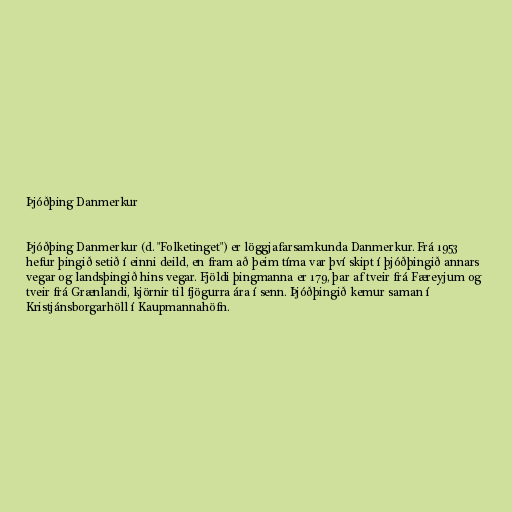
Þjóðþing Danmerkur

Þjóðþing Danmerkur (d. "Folketinget") er löggjafarsamkunda Danmerkur. Frá 1953
hefur þingið setið í einni deild, en fram að þeim tíma var því skipt í þjóðþingið annars
vegar og landsþingið hins vegar. Fjöldi þingmanna er 179, þar af tveir frá Færeyjum og
tveir frá Grænlandi, kjörnir til fjögurra ára í senn. Þjóðþingið kemur saman í
Kristjánsborgarhöll í Kaupmannahöfn.